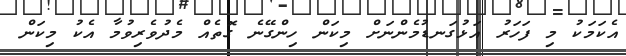
އެކަމަކު މި ފަހަރު އަޅުގަނޑުމެންނަށް މިކަން ހިންގޭނެ ގޮތެއް މެދުވެރިވުމާ އެކު މިކަން